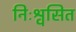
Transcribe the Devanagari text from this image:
निःश्वसित